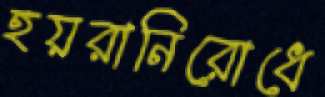
হয়রানিরোধে